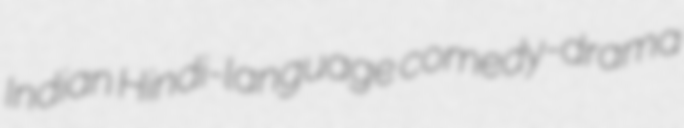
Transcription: Indian Hindi-language comedy-drama